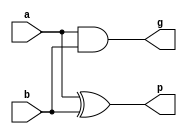
// It returns the Generate and Propagate values for the 2 bits

module Full_adder_gp(output g, p, input a, b);

    and(g, a, b);
    xor(p, a, b);
    
endmodule